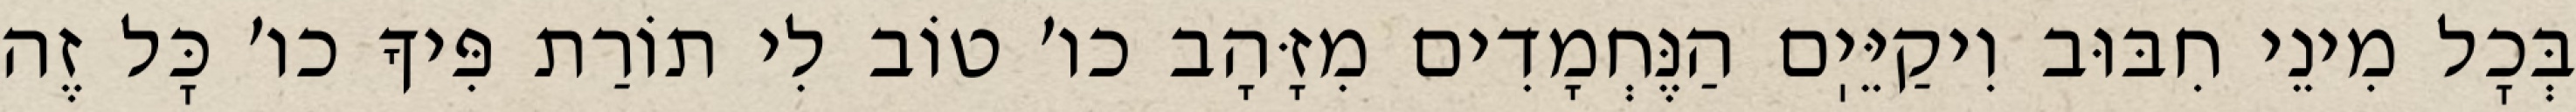
בְּכׇל מִינֵי חִבּוּב וִיקַיֵּיֽם הַנֶּחְמָדִים מִזָּהָב כו׳ טוֹב לִי תוֹרַת פִּיךָ כו׳ כׇּל זֶה